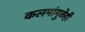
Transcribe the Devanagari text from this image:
कलमांमुळेही